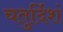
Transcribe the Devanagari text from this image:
चतुर्दिशं